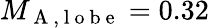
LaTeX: M_{\mathrm{~A~,~l~o~b~e~}}=0.32